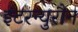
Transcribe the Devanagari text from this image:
इंटरन्युरौन